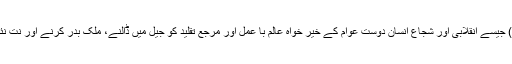
انسانوں اور خمینی (رح) جیسے انقلابی اور شجاع انسان دوست عوام کے خیر خواہ عالم با عمل اور مرجع تقلید کو جیل میں ڈالنے، ملک بدر کرنے اور نت نئے مظالم کا مرتکب ہوا۔